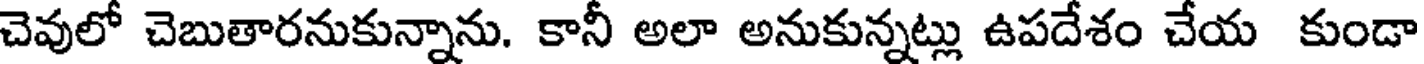
చెవులో చెబుతారనుకున్నాను. కానీ అలా అనుకున్నట్లు ఉపదేశం చేయ కుండా